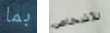
بما للأشخاص